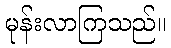
မုန်းလာကြသည်။